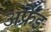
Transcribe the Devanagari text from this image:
अफ़्रेड